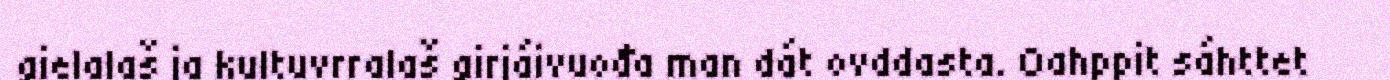
gielalaš ja kultuvrralaš girjáivuođa man dát ovddasta. Oahppit sáhttet